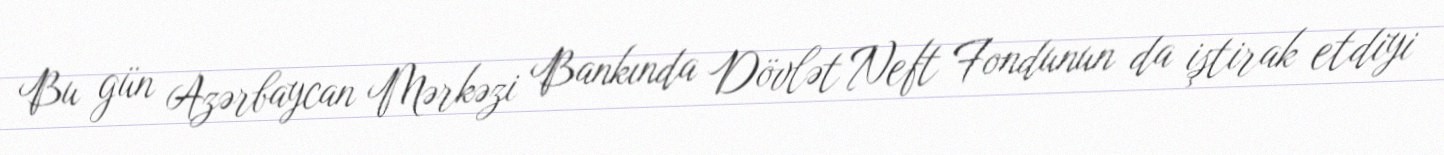
Bu gün Azərbaycan Mərkəzi Bankında Dövlət Neft Fondunun da iştirak etdiyi